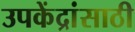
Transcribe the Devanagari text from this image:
उपकेंद्रांसाठी